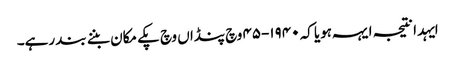
ایہدا نتیجہ ایہہ ہویا کہ ١٩٤٠-٤٥ وچ پنڈاں وچ پکے مکان بننے بند رہے۔